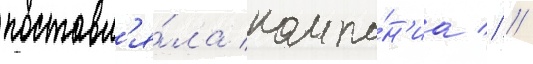
поставл'я́ла компа́н'иа // /